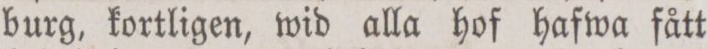
burg, kortligen, wid alla hof hafwa fått